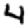
Digit: 4